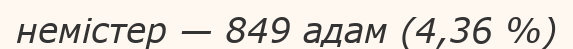
немістер — 849 адам (4,36 %)